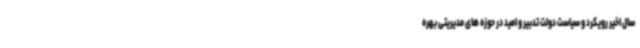
سال اخیر رویکرد و سیاست دولت تدبیر و امید در حوزه های مدیریتی بهره